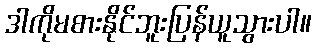
ဒါကိုမစားနိုင်ဘူးပြန်ယူသွားပါ။